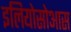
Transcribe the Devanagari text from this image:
इलियोसोआस